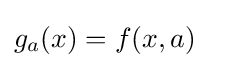
g_{a}(x)=f(x,a)\quad